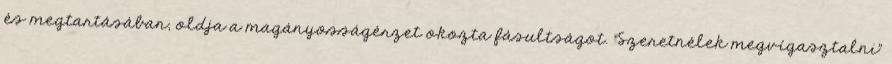
és megtartásában, oldja a magányosságérzet okozta fásultságot. "Szeretnélek megvígasztalni"